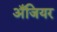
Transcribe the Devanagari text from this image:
अँजियर